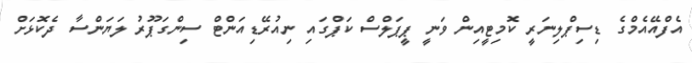
އެފްއޭއެމްގެ ޑިސިޕްލިނަރީ ކޮމިޓީއިން ވަނީ ޕީޕަލްސް ކަޕްގައި ނިއުރޭޑިއަންޓް ސިންގަޕޫރު ލަޔަންސާ ދެކޮޅަށް